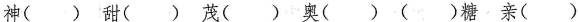
神（ ） 甜（ ）茂（ ）奥（ ）（ ）糖 亲（ ）